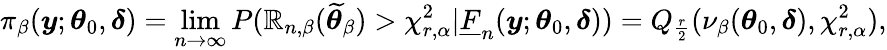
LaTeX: \pi_{\beta}(\boldsymbol{y};\boldsymbol{\theta}_{0},\boldsymbol{\delta})=\operatorname*{lim}_{n\rightarrow\infty}P(\mathbb{R}_{n,\beta}(\widetilde{{\boldsymbol{\theta}}}_{\beta})>\chi_{r,\alpha}^{2}|\underline{{{F}}}_{n}(\boldsymbol{y};\boldsymbol{\theta}_{0},\boldsymbol{\delta}))=Q_{\frac{{r}}{{2}}}(\nu_{\beta}(\boldsymbol{\theta}_{0},\boldsymbol{\delta}),\chi_{r,\alpha}^{2}),